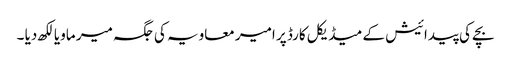
بچے کی پیدائیش کے میڈیکل کارڈ پر امیر معاویہ کی جگہ میر ماویا لکھ دیا ۔